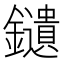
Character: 𨯯